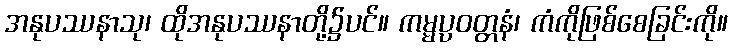
အနုပဿနာသု၊ ထိုအနုပဿနာတို့၌ပင်။ ကမ္မပ္ပဝတ္တနံ၊ ကံကိုဖြစ်စေခြင်းကို။